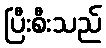
ပြီးစီးသည်